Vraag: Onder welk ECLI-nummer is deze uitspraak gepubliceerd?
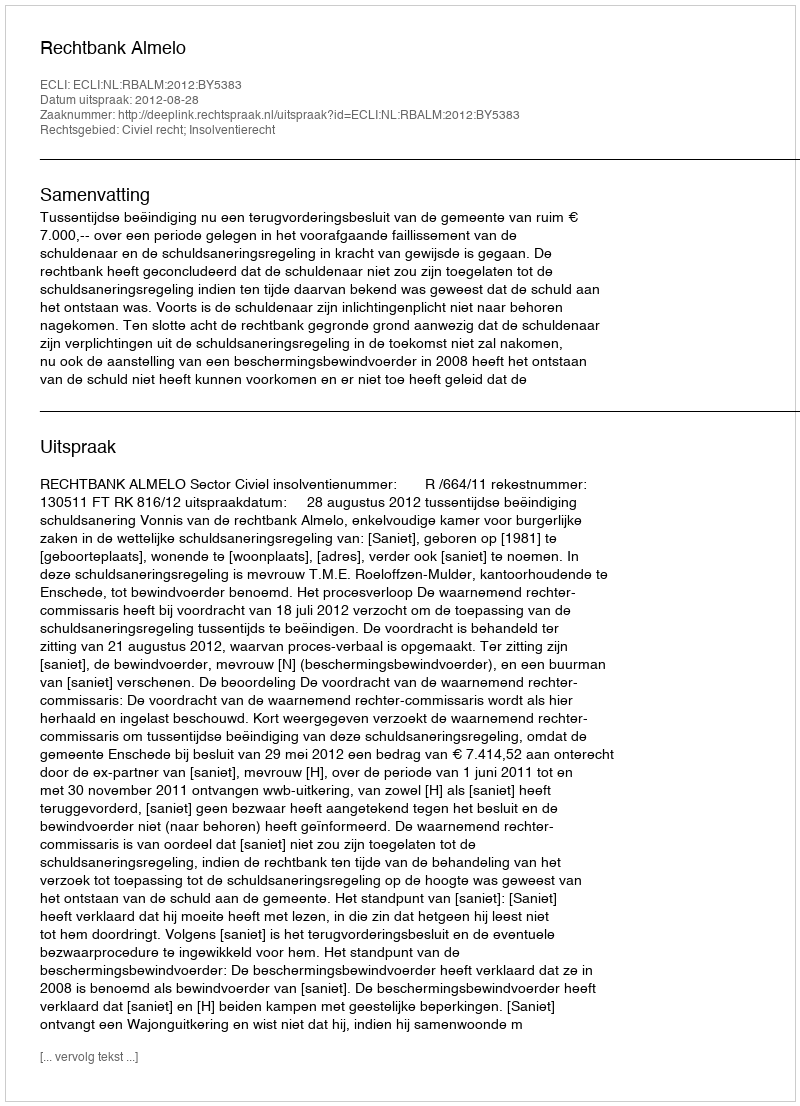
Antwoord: ECLI:NL:RBALM:2012:BY5383